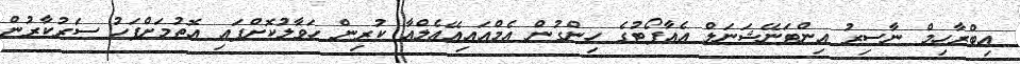
އިބްރާހިމް ނާސިރު އިންޓަނޭޝަނަލް އެއާޕޯޓުގެ ހިންގުން އެމްއައިއޭއެލްއާ ކުރިން ހަވާލުކޮށްފައި އޮތުމަށްފަހު ސަރުކާރުން